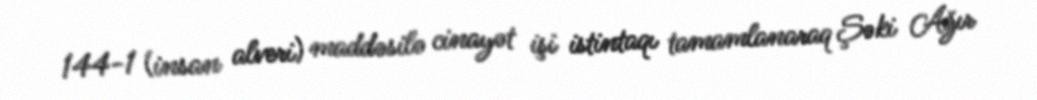
144-1 (insan alveri) maddəsilə cinayət işi istintaqı tamamlanaraq Şəki Ağır